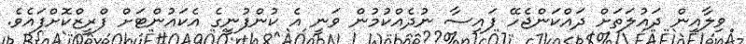
ވިލާއިން ދައުލަތަށް ދައްކަންޖެހޭ ފައިސާ ނުދެއްކުމުން ވަނީ އެ ކުންފުނީގެ އެކައުންޓަށް ފްރީޒްކޮށްފައެވެ.